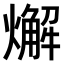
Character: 𤐃